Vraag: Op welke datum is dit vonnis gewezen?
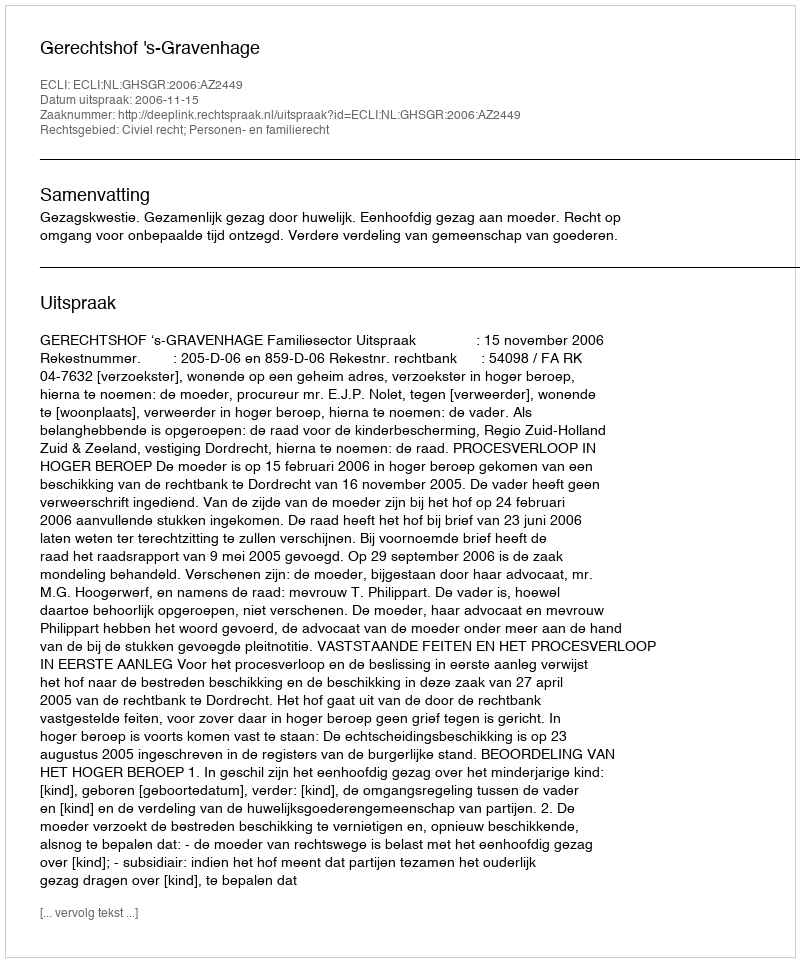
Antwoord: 2006-11-15